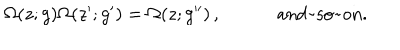
\begin{array} { c c } { { \Omega ( z ; g ) \Omega ( z ^ { \prime } ; g ^ { \prime } ) = \Omega ( z ; g ^ { \prime \prime } ) \, , ~ } } & { { ~ \mathrm { a n d ~ s o ~ o n . } } } \\ \end{array}